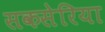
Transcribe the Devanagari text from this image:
सकसेरिया